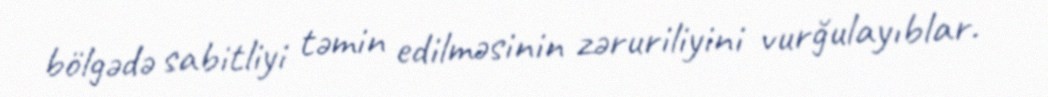
bölgədə sabitliyi təmin edilməsinin zəruriliyini vurğulayıblar.